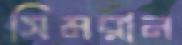
সিমরান